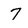
Character: 7